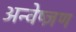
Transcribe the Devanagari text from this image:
अन्वेष्ज्ञण